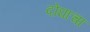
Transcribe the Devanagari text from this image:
दोघाचा